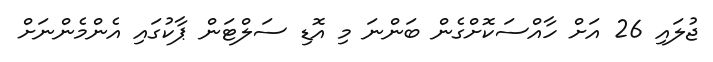
ޖުލައި 26 އަށް ހާއްސަކޮށްގެން ބަންނަ މި އޮޑި ސަލްޓަން ޕާކުގައި އެންމެންނަށް